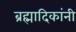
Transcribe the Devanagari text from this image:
ब्रह्मादिकांनी